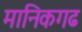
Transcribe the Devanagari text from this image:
मानिकगढ